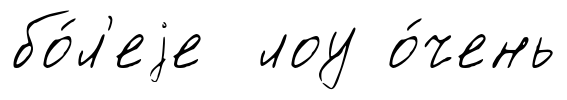
бо́л'еjе лоу о́чень